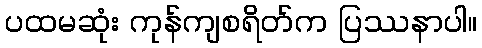
ပထမဆုံး ကုန်ကျစရိတ်က ပြဿနာပါ။